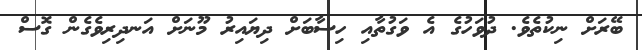
ބޭރަށް ނިކުތެވެ. ދުވަހުގެ އެ ވަގުތާއި ހިސާބަށް ދިޔައިރު މޫނަށް އަނދިރިވެގެން ގޮސް